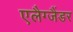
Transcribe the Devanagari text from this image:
एलैग्जैंडर